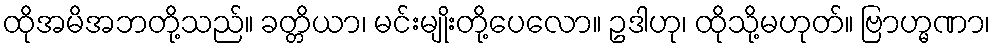
ထိုအမိအဘတို့သည်။ ခတ္တိယာ၊ မင်းမျိုးတို့ပေလော။ ဥဒါဟု၊ ထိုသို့မဟုတ်။ ဗြာဟ္မဏာ၊